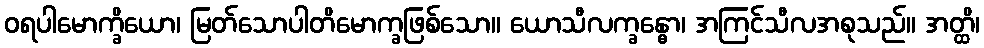
ဝရပါမောက္ခိယော၊ မြတ်သောပါတိမောက္ခဖြစ်သော။ ယောသီလက္ခန္ဓော၊ အကြင်သီလအစုသည်။ အတ္ထိ၊